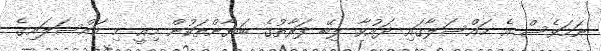
ނަމަވެސް އެ މައްސަލާގައި ދައުވާ ލިބޭ ފަރާތުގެ ބަޔާންތަކުން މިއީ މި މައްސަލައިގެ